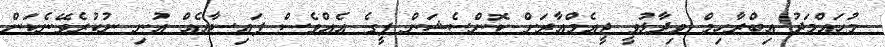
މުހައްމަދު އިބްރާހިމް ވިދާޅުވީ ޖީއެމްއާރަށް ކޮންސެޝަން ފީގެ އެއްވެސް ފައިސާއެއް އުނި ނުކުރެވޭނެކަން